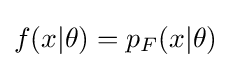
f(x|\theta )=p_{F}(x|\theta )